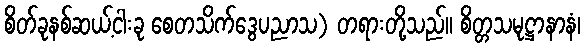
စိတ်ခုနစ်ဆယ့်ငါးခု စေတသိက်ဒွေပညာသ) တရားတို့သည်။ စိတ္တသမုဋ္ဌာနာနံ၊